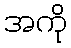
အကို